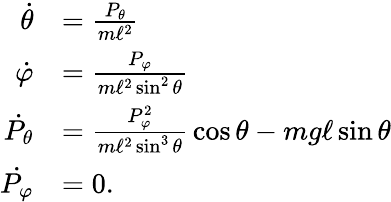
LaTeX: {\begin{array}{rl}{{\dot{\theta}}}&{={\frac{P_{\theta}}{m\ell^{2}}}}\\ {{\dot{\varphi}}}&{={\frac{P_{\varphi}}{m\ell^{2}\sin^{2}\theta}}}\\ {{\dot{P_{\theta}}}}&{={\frac{P_{\varphi}^{2}}{m\ell^{2}\sin^{3}\theta}}\cos\theta-mg\ell\sin\theta}\\ {{\dot{P_{\varphi}}}}&{=0.}\end{array}}